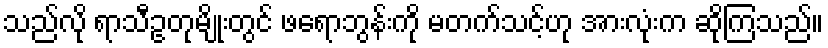
သည်လို ရာသီဥတုမျိုးတွင် ဖရောဘွန်းကို မတက်သင့်ဟု အားလုံးက ဆိုကြသည်။